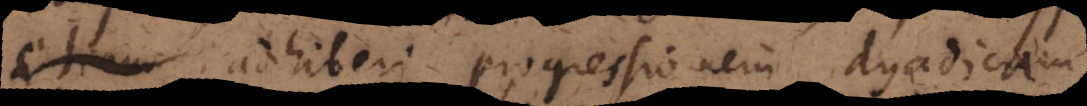
adhiberi progressionem dyadicam,